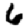
Digit: 6